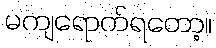
မကျရောက်ရတော့။